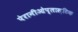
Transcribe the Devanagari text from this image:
पेरानीओप्लास्टिक